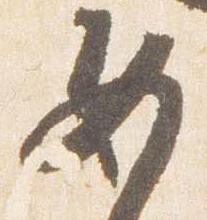
女